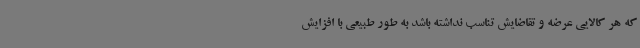
که هر کالایی عرضه و تقاضایش تناسب نداشته باشد به طور طبیعی با افزایش